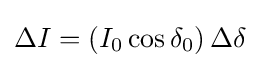
\Delta I=\left(I_{0}\cos \delta _{0}\right)\Delta \delta